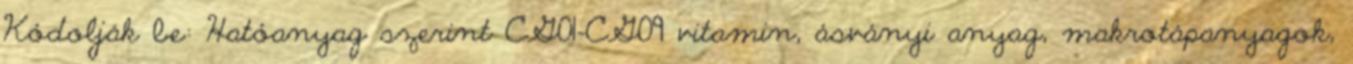
Kódolják be: Hatóanyag szerint CG01-CG09 vitamin, ásványi anyag, makrotápanyagok,